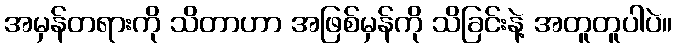
အမှန်တရားကို သိတာဟာ အဖြစ်မှန်ကို သိခြင်းနဲ့ အတူတူပါပဲ။